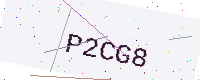
Text: P2CG8